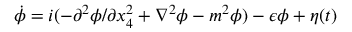
\dot { \phi } = i ( - \partial ^ { 2 } \phi / \partial x _ { 4 } ^ { 2 } + \nabla ^ { 2 } \phi - m ^ { 2 } \phi ) - \epsilon \phi + \eta ( t )